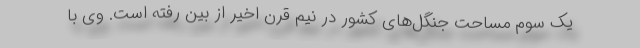
یک سوم مساحت جنگل‌های کشور در نیم قرن اخیر از بین رفته است. وی با